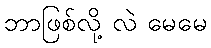
ဘာဖြစ်လို့ လဲ မေမေ